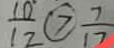
\frac { 1 0 } { 1 2 } \textcircled { > } \frac { 7 } { 1 7 }